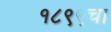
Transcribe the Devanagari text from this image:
१८९९चा